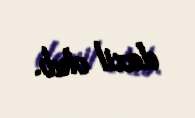
daxil olub.